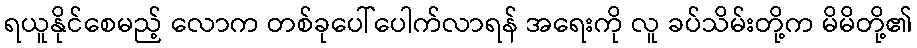
ရယူနိုင်စေမည့် လောက တစ်ခုပေါ်ပေါက်လာရန် အရေးကို လူ ခပ်သိမ်းတို့က မိမိတို့၏